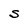
Character: S